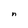
Character: n